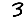
Digit: 3